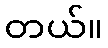
တယ်။